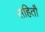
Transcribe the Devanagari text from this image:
सहितौ